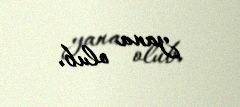
yana olub.